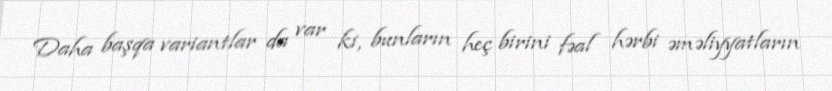
Daha başqa variantlar da var ki, bunların heç birini fəal hərbi əməliyyatların